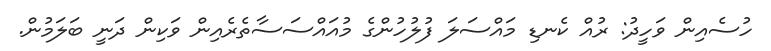
ހުސެއިން ވަހީދު: ރުއް ކެނޑި މައްސަލަ ފުލުހުންގެ މުއައްސަސާތެރެއިން ވަކިން ދަނީ ބަލަމުން.